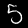
Digit: 5